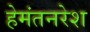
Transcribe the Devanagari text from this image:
हेमंतनरेश